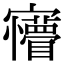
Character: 𡬆